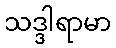
သဒ္ဒါရာမာ